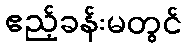
ဧည့်ခန်းမတွင်